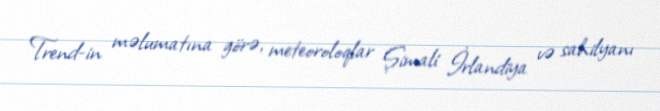
Trend-in məlumatına görə, meteoroloqlar Şimali İrlandiya və sahilyanı